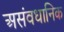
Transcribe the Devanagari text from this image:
असंवधानिक